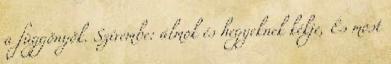
a függönyök. Szívembe: álmok és hegyeknek kékje, És most